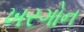
ખરગોન